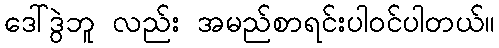
ဒေါ်ဒွဲဘူ လည်း အမည်စာရင်းပါဝင်ပါတယ်။